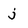
Character: j